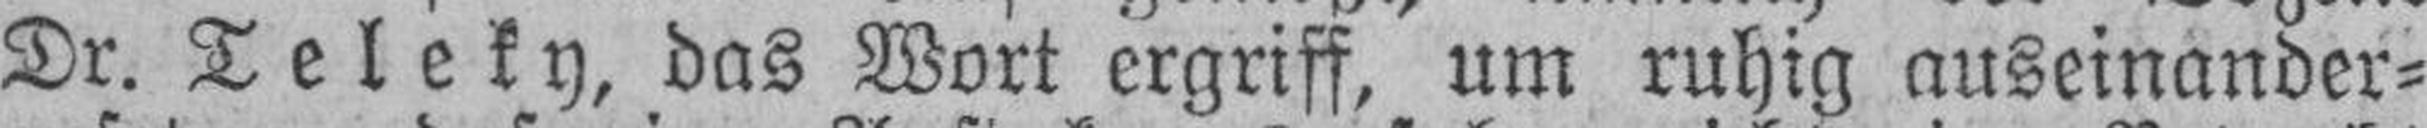
Dr. Teleky, das Wort ergriff, um ruhig auseinander¬